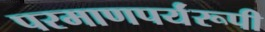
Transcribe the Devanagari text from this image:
परमाणपर्यंरूपी